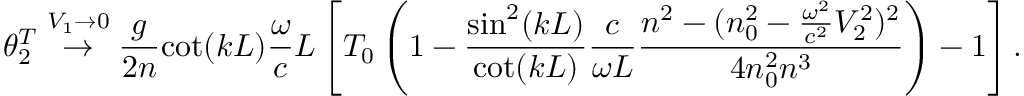
\theta _ { 2 } ^ { T } \stackrel { V _ { 1 } \rightarrow 0 } { \rightarrow } \frac { g } { 2 n } { \cot ( k L ) } \frac { \omega } { c } L \left[ T _ { 0 } \left( 1 - \frac { { \sin ^ { 2 } ( k L ) } } { \cot ( k L ) } \frac { c } { \omega L } \frac { n ^ { 2 } - ( n _ { 0 } ^ { 2 } - \frac { \omega ^ { 2 } } { c ^ { 2 } } V _ { 2 } ^ { 2 } ) ^ { 2 } } { 4 n _ { 0 } ^ { 2 } n ^ { 3 } } \right) - 1 \right] .